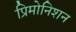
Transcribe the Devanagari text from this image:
प्रिमोनिशन